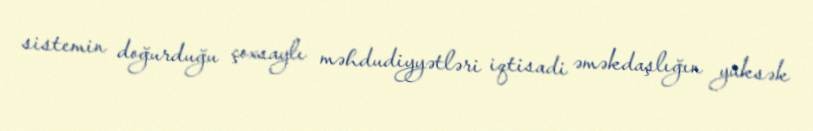
sistemin doğurduğu çoxsaylı məhdudiyyətləri iqtisadi əməkdaşlığın yüksək